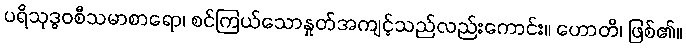
ပရိသုဒ္ဓဝစီသမာစာရော၊ စင်ကြယ်သောနှုတ်အကျင့်သည်လည်းကောင်း။ ဟောတိ၊ ဖြစ်၏။